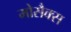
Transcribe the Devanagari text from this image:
मोसैक्स